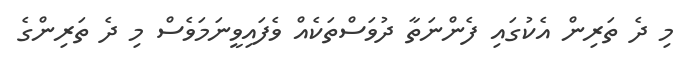
މި ދެ ތަރިން އެކުގައި ފެންނަތާ ދުވަސްތަކެއް ވެފައިވީނަމަވެސް މި ދެ ތަރިންގެ